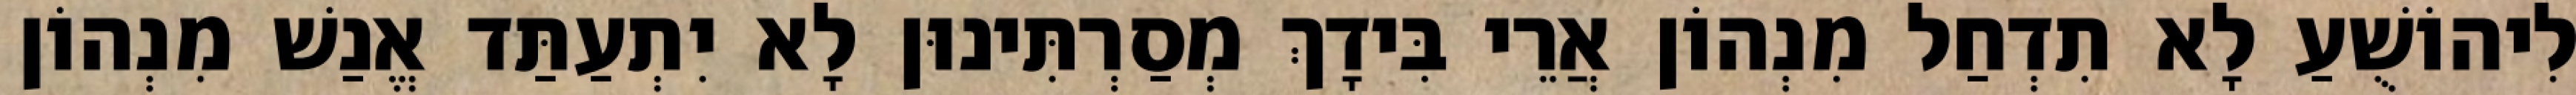
לִיהוֹשֻׁעַ לָא תִדְחַל מִנְהוֹן אֲרֵי בִּידָךְ מְסַרְתִּינוּן לָא יִתְעַתַּד אֱנַשׁ מִנְהוֹן